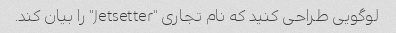
لوگویی طراحی کنید که نام تجاری "Jetsetter" را بیان کند.